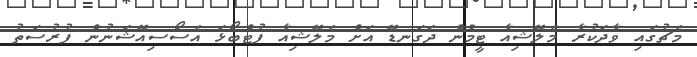
މެޗުގައި ވާދަކުރާ މެލޭޝިއާ ޓީމުން ދަގަނޑޭ އަށް މެލޭޝިއާ ފުޓްބޯޅަ އެސޯސިއޭޝަނުން ފުރުސަތު